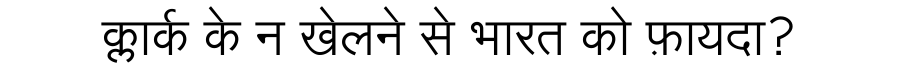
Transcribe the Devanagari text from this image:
क्लार्क के न खेलने से भारत को फ़ायदा?